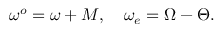
\omega ^ { o } = \omega + M , \quad \omega _ { e } = \Omega - \Theta .